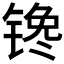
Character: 𰾠